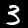
Label: 3